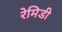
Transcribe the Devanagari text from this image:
रेमिडी